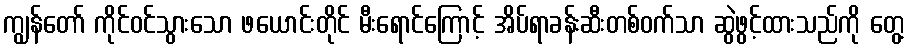
ကျွန်တော် ကိုင်ဝင်သွားသော ဖယောင်းတိုင် မီးရောင်ကြောင့် အိပ်ရာခန်းဆီးတစ်ဝက်သာ ဆွဲဖွင့်ထားသည်ကို တွေ့